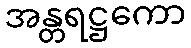
အန္တရဋ္ဌကော